Civil Veterinary Department. Madras. Admin. report 1926-33 - 1926-1933
Year: 1926
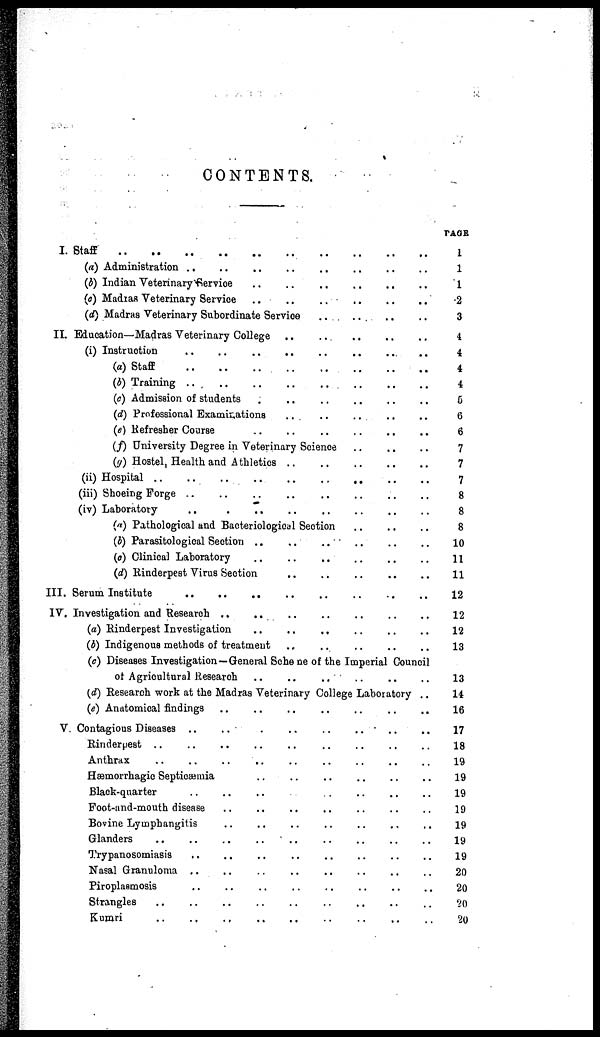
CONTENTS.
I. Staff .. .. .. .. .. .. .. .. .. .. ..
(a) Administration .. .. .. .. .. .. .. .. .. .. .. ..
(b) Indian Veterinary Service .. .. .. .. .. .. .. .. .. .. ..
(c) Madias Veterinary Service .. .. .. .. .. .. .. .. .. .. ..
(d) Madras Veterinary Subordinate Service
II. Education—Madras Veterinary College .. .. .. .. .. .. .. .. .. .. ..
(i) Instruction .. .. .. .. .. .. .. .. .. .. ..
(a) Staff
..
..
..
..
..
..
..
..
..
..
..
(b) Training .. .. .. .. .. .. .. .. .. .. ..
(c) Admission of students .. .. .. .. .. .. .. .. .. .. ..
(d) Professional Examinations .. .. .. .. .. .. .. .. .. .. ..
(e) Refresher Course
..
.. .. .. .. .. .. .. .. .. .. .. ..
(f) University Degree in Veterinary Science .. .. ..
(g) Hostel, Health and Athletics .. .. .. .. .. .. .. .. .. .. ..
(ii) Hospital ..
..
..
..
..
(iii) Shoeing Forge .. .. .. .. .. .. .. .. .. .. ..
(iv) Laboratory
.. .. .. .. .. .. .. .. .. .. .. ..
(a) Pathological and Bacteriological Section
..
..
..
(b) Parasitological Section ..
..
..
..
..
(d) Clinical Laboratory .. .. .. .. .. .. .. .. .. .. ..
(d) Rinderpest Virus Section .. .. .. .. .. .. .. .. .. .. ..
III. Serum Institute .. .. .. .. .. .. .. .. .. .. ..
IV. Investigation and Research .. .. .. .. .. .. .. .. .. .. ..
(a) Rinderpest Investigation
..
.. .. .. .. ..
(b) Indigenous methods of treatment .. .. .. .. .. .. .. .. .. .. ..
(c) Diseases Investigation —General Sche ne of the Imperial Council
of Agricultural Research .. .. .. .. .. .. .. .. .. .. ..
(d) Research work at the Madras Veterinary College Laboratory ..
(e) Anatomical findings .. .. .. .. .. .. .. .. .. .. ..
V. Contagious Diseases .. .. .. .. .. .. .. .. .. .. .. ..
Rinderpest .. .. .. .. .. .. .. .. .. .. ..
Anthrax .. .. .. .. .. .. .. .. .. .. ..
Hæmorrhagic Septicæmia .. .. .. .. .. .. .. .. .. .. ..
Black-quarter .. .. .. .. .. .. .. .. .. .. ..
Foot-and-mouth disease .. .. .. .. .. .. .. .. .. .. ..
Bovine Lymphangitis .. .. .. .. .. .. .. .. .. .. ..
Glanders .. .. .. .. .. .. .. .. .. .. ..
Trypanosomiasis .. .. .. .. .. .. .. .. .. .. ..
Nasal Granuloma .. .. .. .. .. .. .. .. .. .. .. ..
Piroplaamosis .. .. .. .. .. .. .. .. .. .. ..
Strangles .. .. .. .. .. .. .. .. .. .. ..
Kumri
..
..
..
..
..
..
..
..
..
..
..
PAGE
1
1
1
2
3
4
4
4
4
5
6
6
7
7
7
8
8
8
10
11
11
12
12
12
13
13
14
16
17
18
19
19
19
19
19
19
19
20
20
20
20